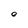
Character: e